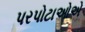
પરપોટાઓએ